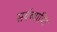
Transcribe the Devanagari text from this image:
सर्वव्याप्ति